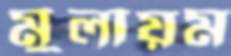
মুলায়ম